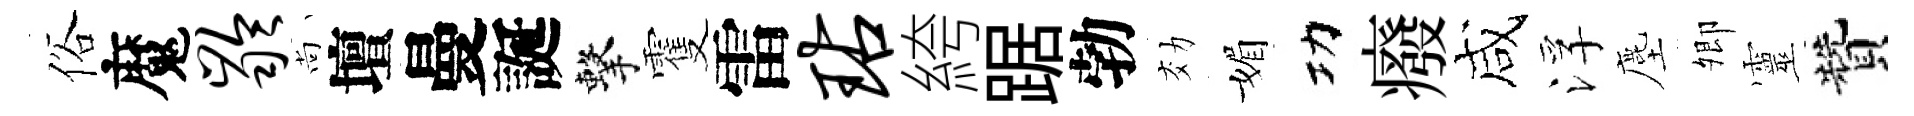
俗魔龄尚壇曼誕擊䨥雷玷絝踞勃効媚功癈咸浮塵𡖖靈贊